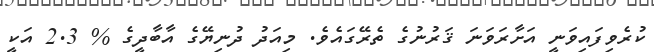
ކުރެވިފައިވަނީ އަށާރަވަނަ ޤަރުނުގެ ތެރޭގައެވެ. މިއަދު ދުނިޔޭގެ އާބާދީގެ % 2.3 އަކީ